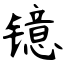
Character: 镱